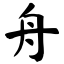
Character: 舟